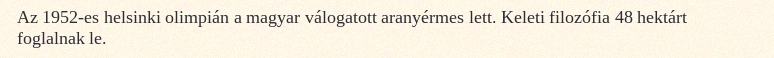
Az 1952-es helsinki olimpián a magyar válogatott aranyérmes lett. Keleti filozófia 48 hektárt foglalnak le.